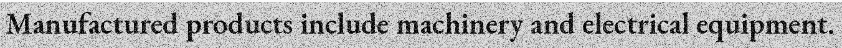
Manufactured products include machinery and electrical equipment.